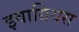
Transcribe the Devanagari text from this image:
इवाग्रियस